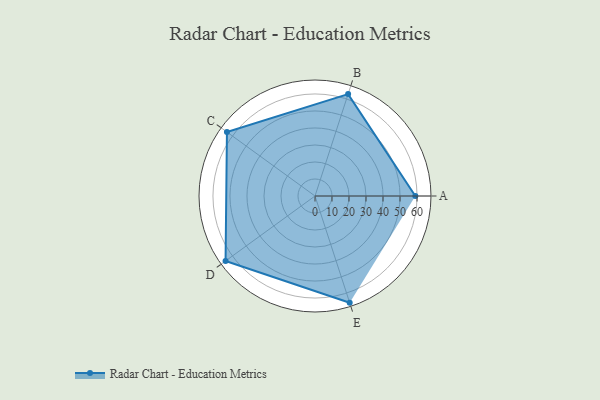
{"axis": {"x": "Skill", "y": "Score"}, "legend": ["Profile"], "data": [{"x": "A", "y": 59.0, "type": "Profile"}, {"x": "B", "y": 63.0, "type": "Profile"}, {"x": "C", "y": 64.0, "type": "Profile"}, {"x": "D", "y": 65.0, "type": "Profile"}, {"x": "E", "y": 66.0, "type": "Profile"}]}